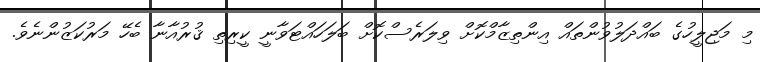
މި މަޖިލީހުގެ ބައްދަލުވުންތައް އިންތިޒާމްކޮށް ވިލަރެސްކޮށް ބަލަހައްޓަވާނީ ކީރިތި ޤުރުއާނާ ބެހޭ މަރުކަޒުންނެވެ.